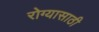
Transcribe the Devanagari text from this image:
रोग्यासाठी